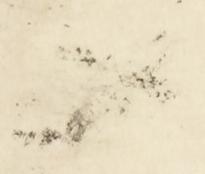
又